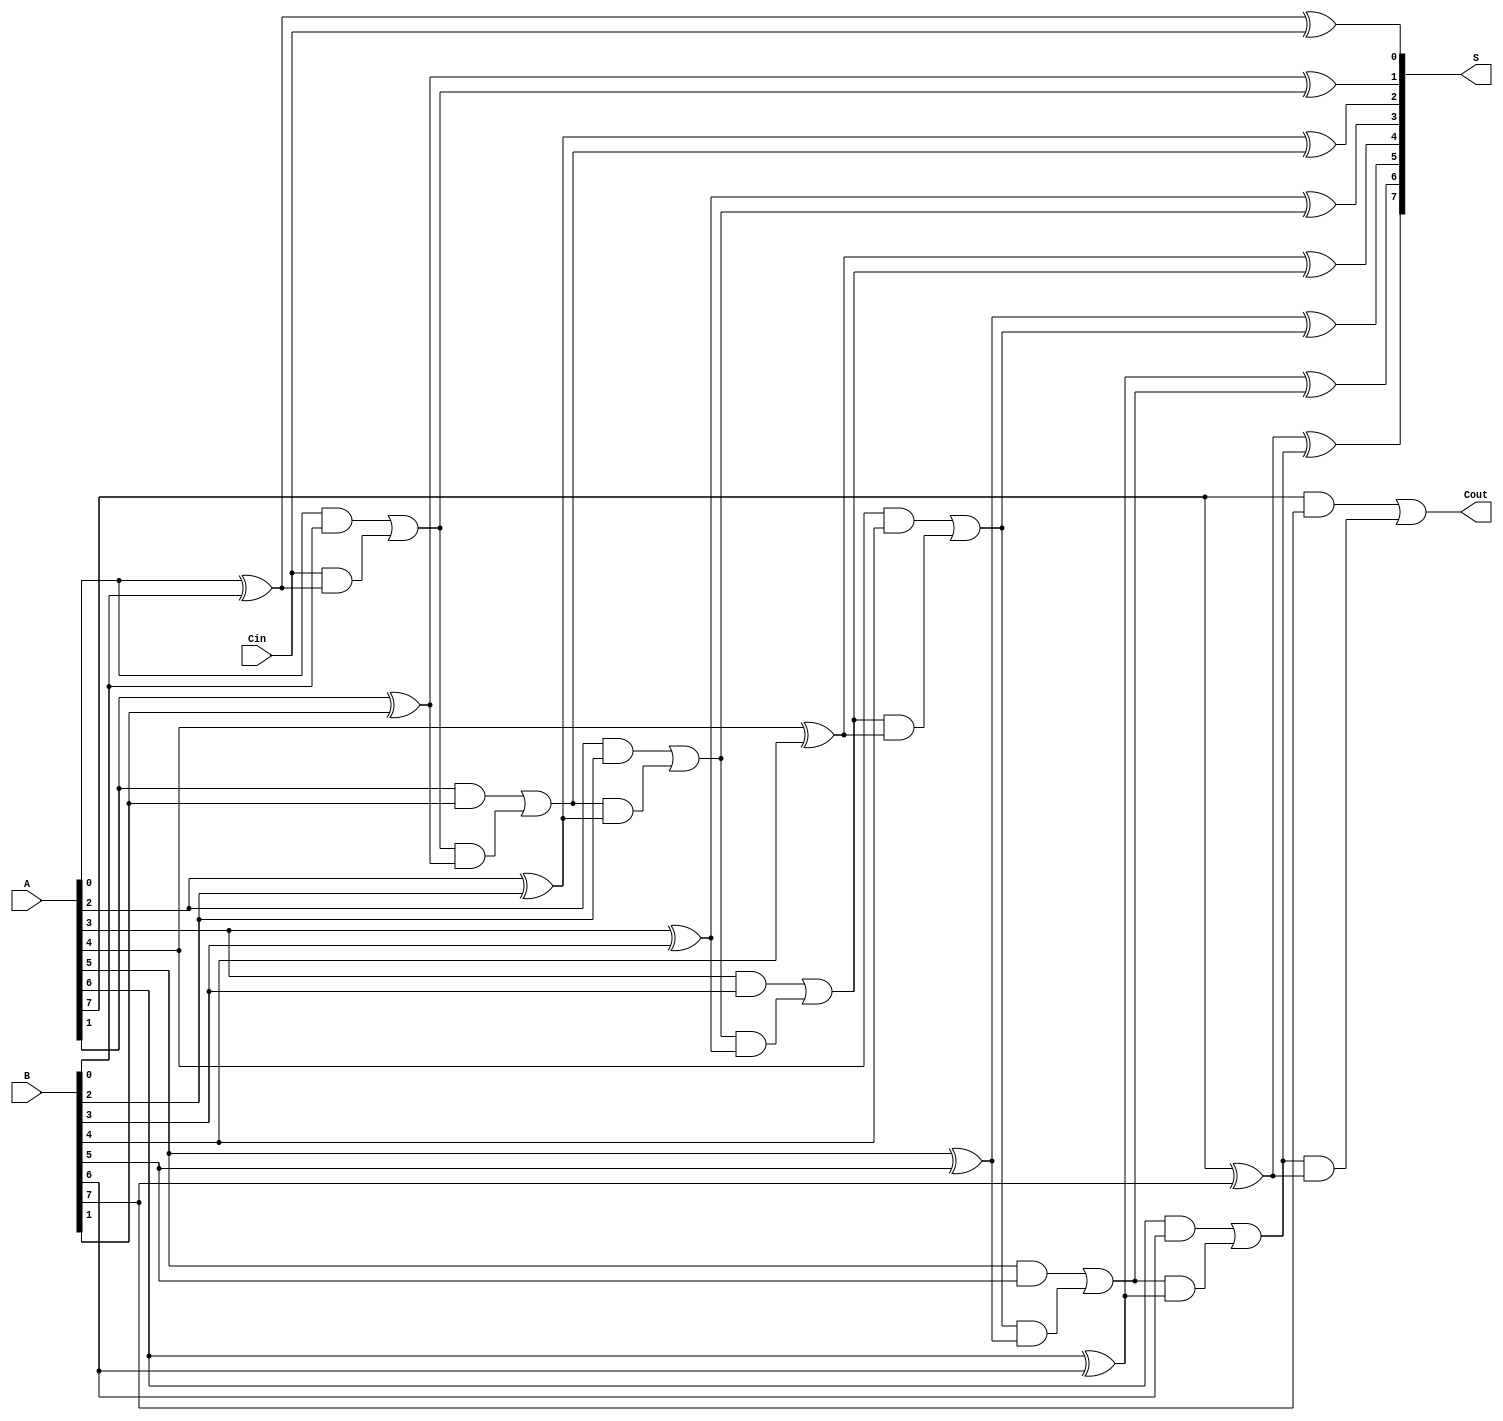
module LingAdder #(parameter n = 8) (
    input  wire [n-1:0] A,      // First n-bit input
    input  wire [n-1:0] B,      // Second n-bit input
    input  wire Cin,             // Carry-in
    output wire [n-1:0] S,       // n-bit sum output
    output wire Cout             // Carry-out
);

    wire [n:0] C;               // Carry bits (C[0] = Cin, C[n] = Cout)
    
    assign C[0] = Cin;          // Initialize the first carry with Cin

    // Generate carry and sum for each bit
    genvar i;
    generate
        for (i = 0; i < n; i = i + 1) begin : adder
            // Carry generation
            assign C[i+1] = (A[i] & B[i]) | (C[i] & (A[i] ^ B[i]));
            // Sum calculation
            assign S[i] = A[i] ^ B[i] ^ C[i];
        end
    endgenerate

    assign Cout = C[n];         // Final carry-out

endmodule